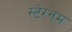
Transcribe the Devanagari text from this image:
स्टेरनम